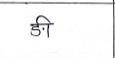
मजकूर: ङी